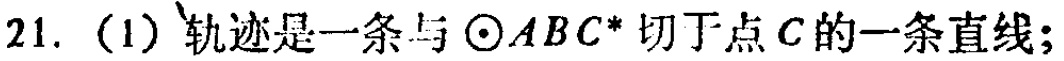
21. (1) 轨迹是一条与 $\odot ABC$ 切于点 $C$ 的一条直线；